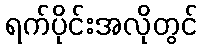
ရက်ပိုင်းအလိုတွင်